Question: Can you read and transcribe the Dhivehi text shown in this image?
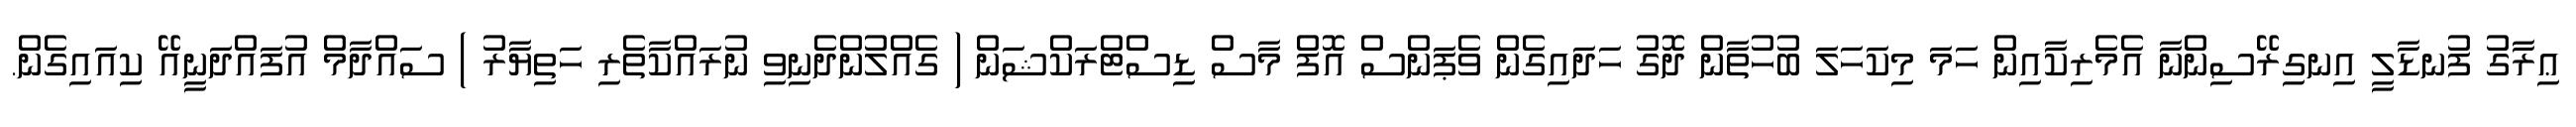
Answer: ޢިރާގު ފުނޑާލީ އިނގިރޭސިންނާ އެމެރިކާއިން ހަމަ މިކަހަލަ ބުހުތާން ދޮގު ހަދައިގެން ވެޕަންސް އޮފް މާސް ޑިސްޓްރަކްޝަން ( ގެއްލުންދެނިވި ނުރައްކާތެރި ހަތިޔާރު ) ސައްދާމް އުފައްދަނީއޭ ކިއައިގެން.